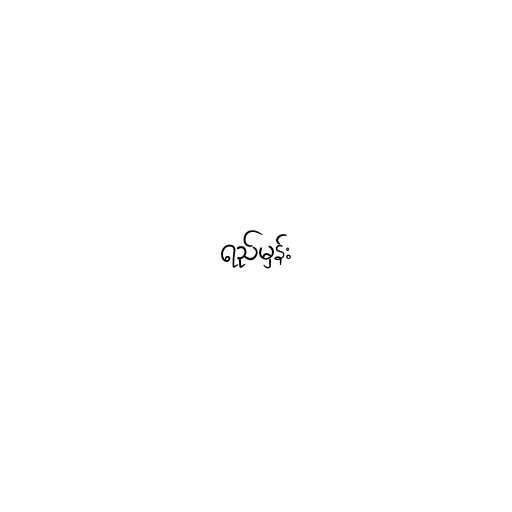
ရည်မှန်း